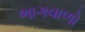
ભાગવાળો